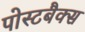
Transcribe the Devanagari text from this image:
पोस्टबैक्स